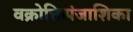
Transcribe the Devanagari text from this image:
वक्रोक्तिपंजाशिका